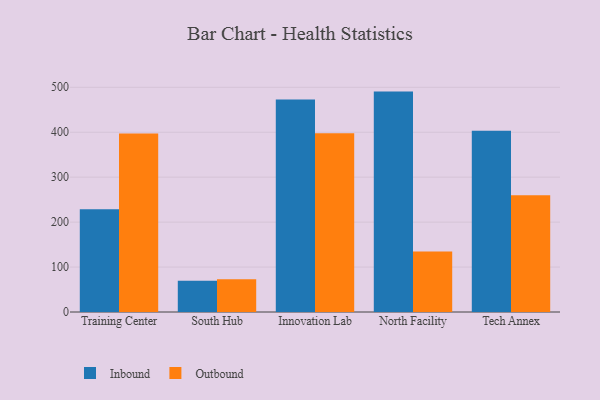
{"axis": {"x": "Campus", "y": "Budget (USD K)"}, "legend": ["Inbound", "Outbound"], "data": [{"x": "Training Center", "y": 228.9, "type": "Inbound"}, {"x": "Training Center", "y": 397.2, "type": "Outbound"}, {"x": "South Hub", "y": 69.3, "type": "Inbound"}, {"x": "South Hub", "y": 73.0, "type": "Outbound"}, {"x": "Innovation Lab", "y": 472.7, "type": "Inbound"}, {"x": "Innovation Lab", "y": 397.9, "type": "Outbound"}, {"x": "North Facility", "y": 490.4, "type": "Inbound"}, {"x": "North Facility", "y": 134.4, "type": "Outbound"}, {"x": "Tech Annex", "y": 403.4, "type": "Inbound"}, {"x": "Tech Annex", "y": 259.6, "type": "Outbound"}]}